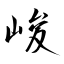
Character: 峻